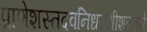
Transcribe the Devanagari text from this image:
प्राणेशस्तदवनिधराधीशतनये